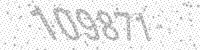
Solution: 109871